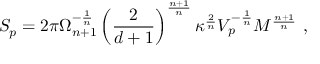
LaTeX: S _ { p } = 2 \pi \Omega _ { n + 1 } ^ { - \frac { 1 } { n } } \left( \frac { 2 } { d + 1 } \right) ^ { \frac { n + 1 } { n } } \kappa ^ { \frac { 2 } { n } } V _ { p } ^ { - \frac { 1 } { n } } M ^ { \frac { n + 1 } { n } } ~ ,